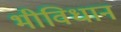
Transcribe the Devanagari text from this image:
भीविधान